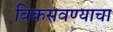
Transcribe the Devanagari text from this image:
विकसवण्याचा